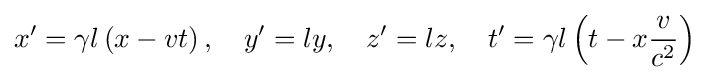
x^{\prime }=\gamma l\left(x-vt\right),\quad y^{\prime }=ly,\quad z^{\prime }=lz,\quad t^{\prime }=\gamma l\left(t-x{\frac {v}{c^{2}}}\right)